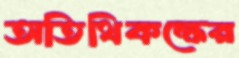
অতিথিকক্ষের